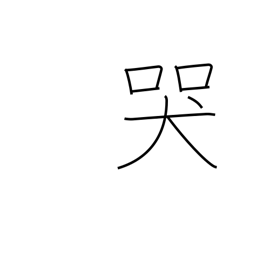
Meaning: moan